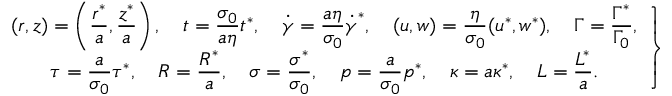
\left. \begin{array} { c } { \displaystyle ( r , z ) = \left( \frac { r ^ { * } } { a } , \frac { z ^ { * } } { a } \right) , \quad { t } = \frac { \sigma _ { 0 } } { a \eta } t ^ { * } , \quad \boldsymbol { \dot { \gamma } } = \frac { a \eta } { \sigma _ { 0 } } \boldsymbol { \dot { \gamma } } ^ { * } , \quad ( { u } , { w } ) = \frac { \eta } { \sigma _ { 0 } } ( u ^ { * } , w ^ { * } ) , \quad \Gamma = \frac { \Gamma ^ { * } } { \Gamma _ { 0 } } , } \\ { \displaystyle \boldsymbol { \tau } = \frac { a } { \sigma _ { 0 } } \boldsymbol { \tau } ^ { * } , \quad R = \frac { R ^ { * } } { a } , \quad \sigma = \frac { \sigma ^ { * } } { \sigma _ { 0 } } , \quad p = \frac { a } { \sigma _ { 0 } } p ^ { * } , \quad \kappa = a \kappa ^ { * } , \quad L = \frac { L ^ { * } } { a } . } \end{array} \right\}